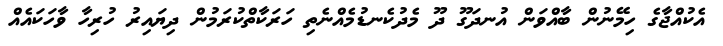
އެކުއްޖާގެ ހިމޭނުން ބާއްވަން އުނދަގޫ ދޫ މެދުކެނޑުމެއްނެތި ހަރަކާތްކުރަމުން ދިޔައިރު ހުރިހާ ވާހަކައެއް